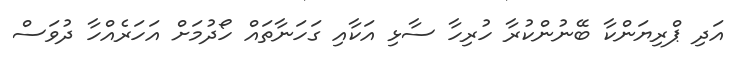
އަދި ޕްރިޔަންކާ ބޭނުންކުރާ ހުރިހާ ސާޅި އަކާއި ގަހަނާތައް ހޯދުމަށް އަހަރެއްހާ ދުވަސް